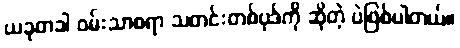
ယခုတခါ ဝမ်းသာစရာ သတင်းတစ်ပုဒ်ကို ဆိုတဲ့ ပဲဖြစ်ပါတယ်။